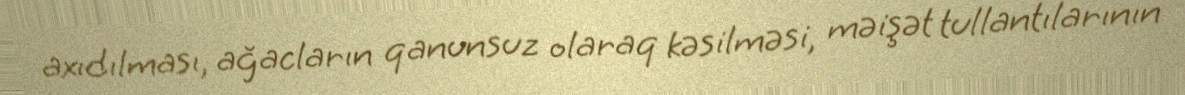
axıdılması, ağacların qanunsuz olaraq kəsilməsi, məişət tullantılarının